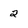
Character: 2